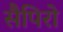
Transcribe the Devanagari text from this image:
सैपिरो